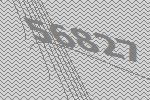
56827